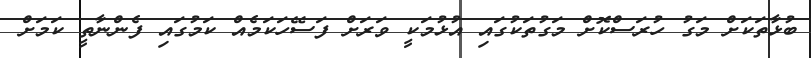
ބުޅާތަކަށް މަގު ހުރަސްކޮށް މަގުތަކުގައި އުޅުމަކީ ވަރަށް ފަސޭހަކަމެއް ކަމުގައި ފެންނާތީ ކަމަށް